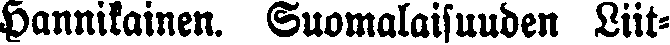
Hannikainen. Suomalaisuuden Liit-